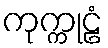
ကုက္ကုဠံ